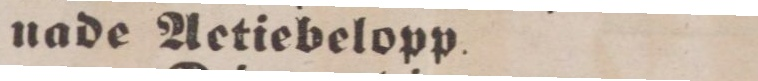
nade Actiebelopp.